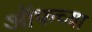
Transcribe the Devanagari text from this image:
ऑफच्या